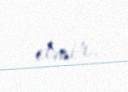
etmir.